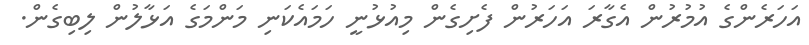
އަހަރެންގެ އުމުރުން އެގާރަ އަހަރުން ފެށިގެން މިއުޅުނީ ހަމައެކަނި މަންމަގެ އަޅާލުން ލިބިގެން.